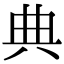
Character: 典